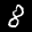
Label: 8